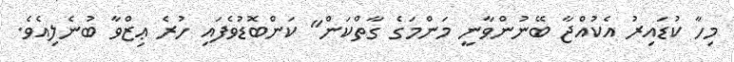
މިހާ ކުޑައިރު އެކުއްޖާ ބޭނުންވާނީ މަންމަގެ ގާތްކަން" ކަންބޮޑުވެފައި ހުރެ ޢިޒްވާ ބުނެލިއެވެ.